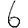
Digit: 6